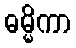
ဓမ္မိကာ